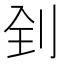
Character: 𠛮